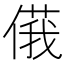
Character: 𠌾